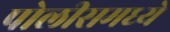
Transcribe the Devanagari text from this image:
पोलीसमध्ये